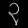
Digit: ၃